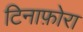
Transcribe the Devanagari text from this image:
टिनाफ़ोरा